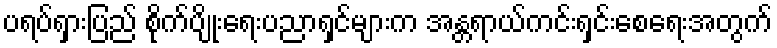
ပရပ်ရှားပြည် စိုက်ပျိုးရေးပညာရှင်များက အန္တရာယ်ကင်းရှင်းစေရေးအတွက်